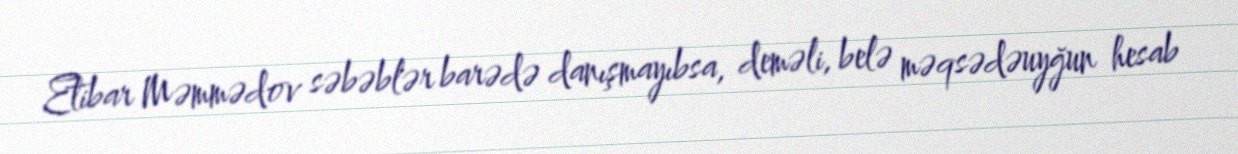
Etibar Məmmədov səbəblər barədə danışmayıbsa, deməli, belə məqsədəuyğun hesab